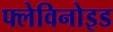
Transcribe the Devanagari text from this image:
फ्लेविनोइड